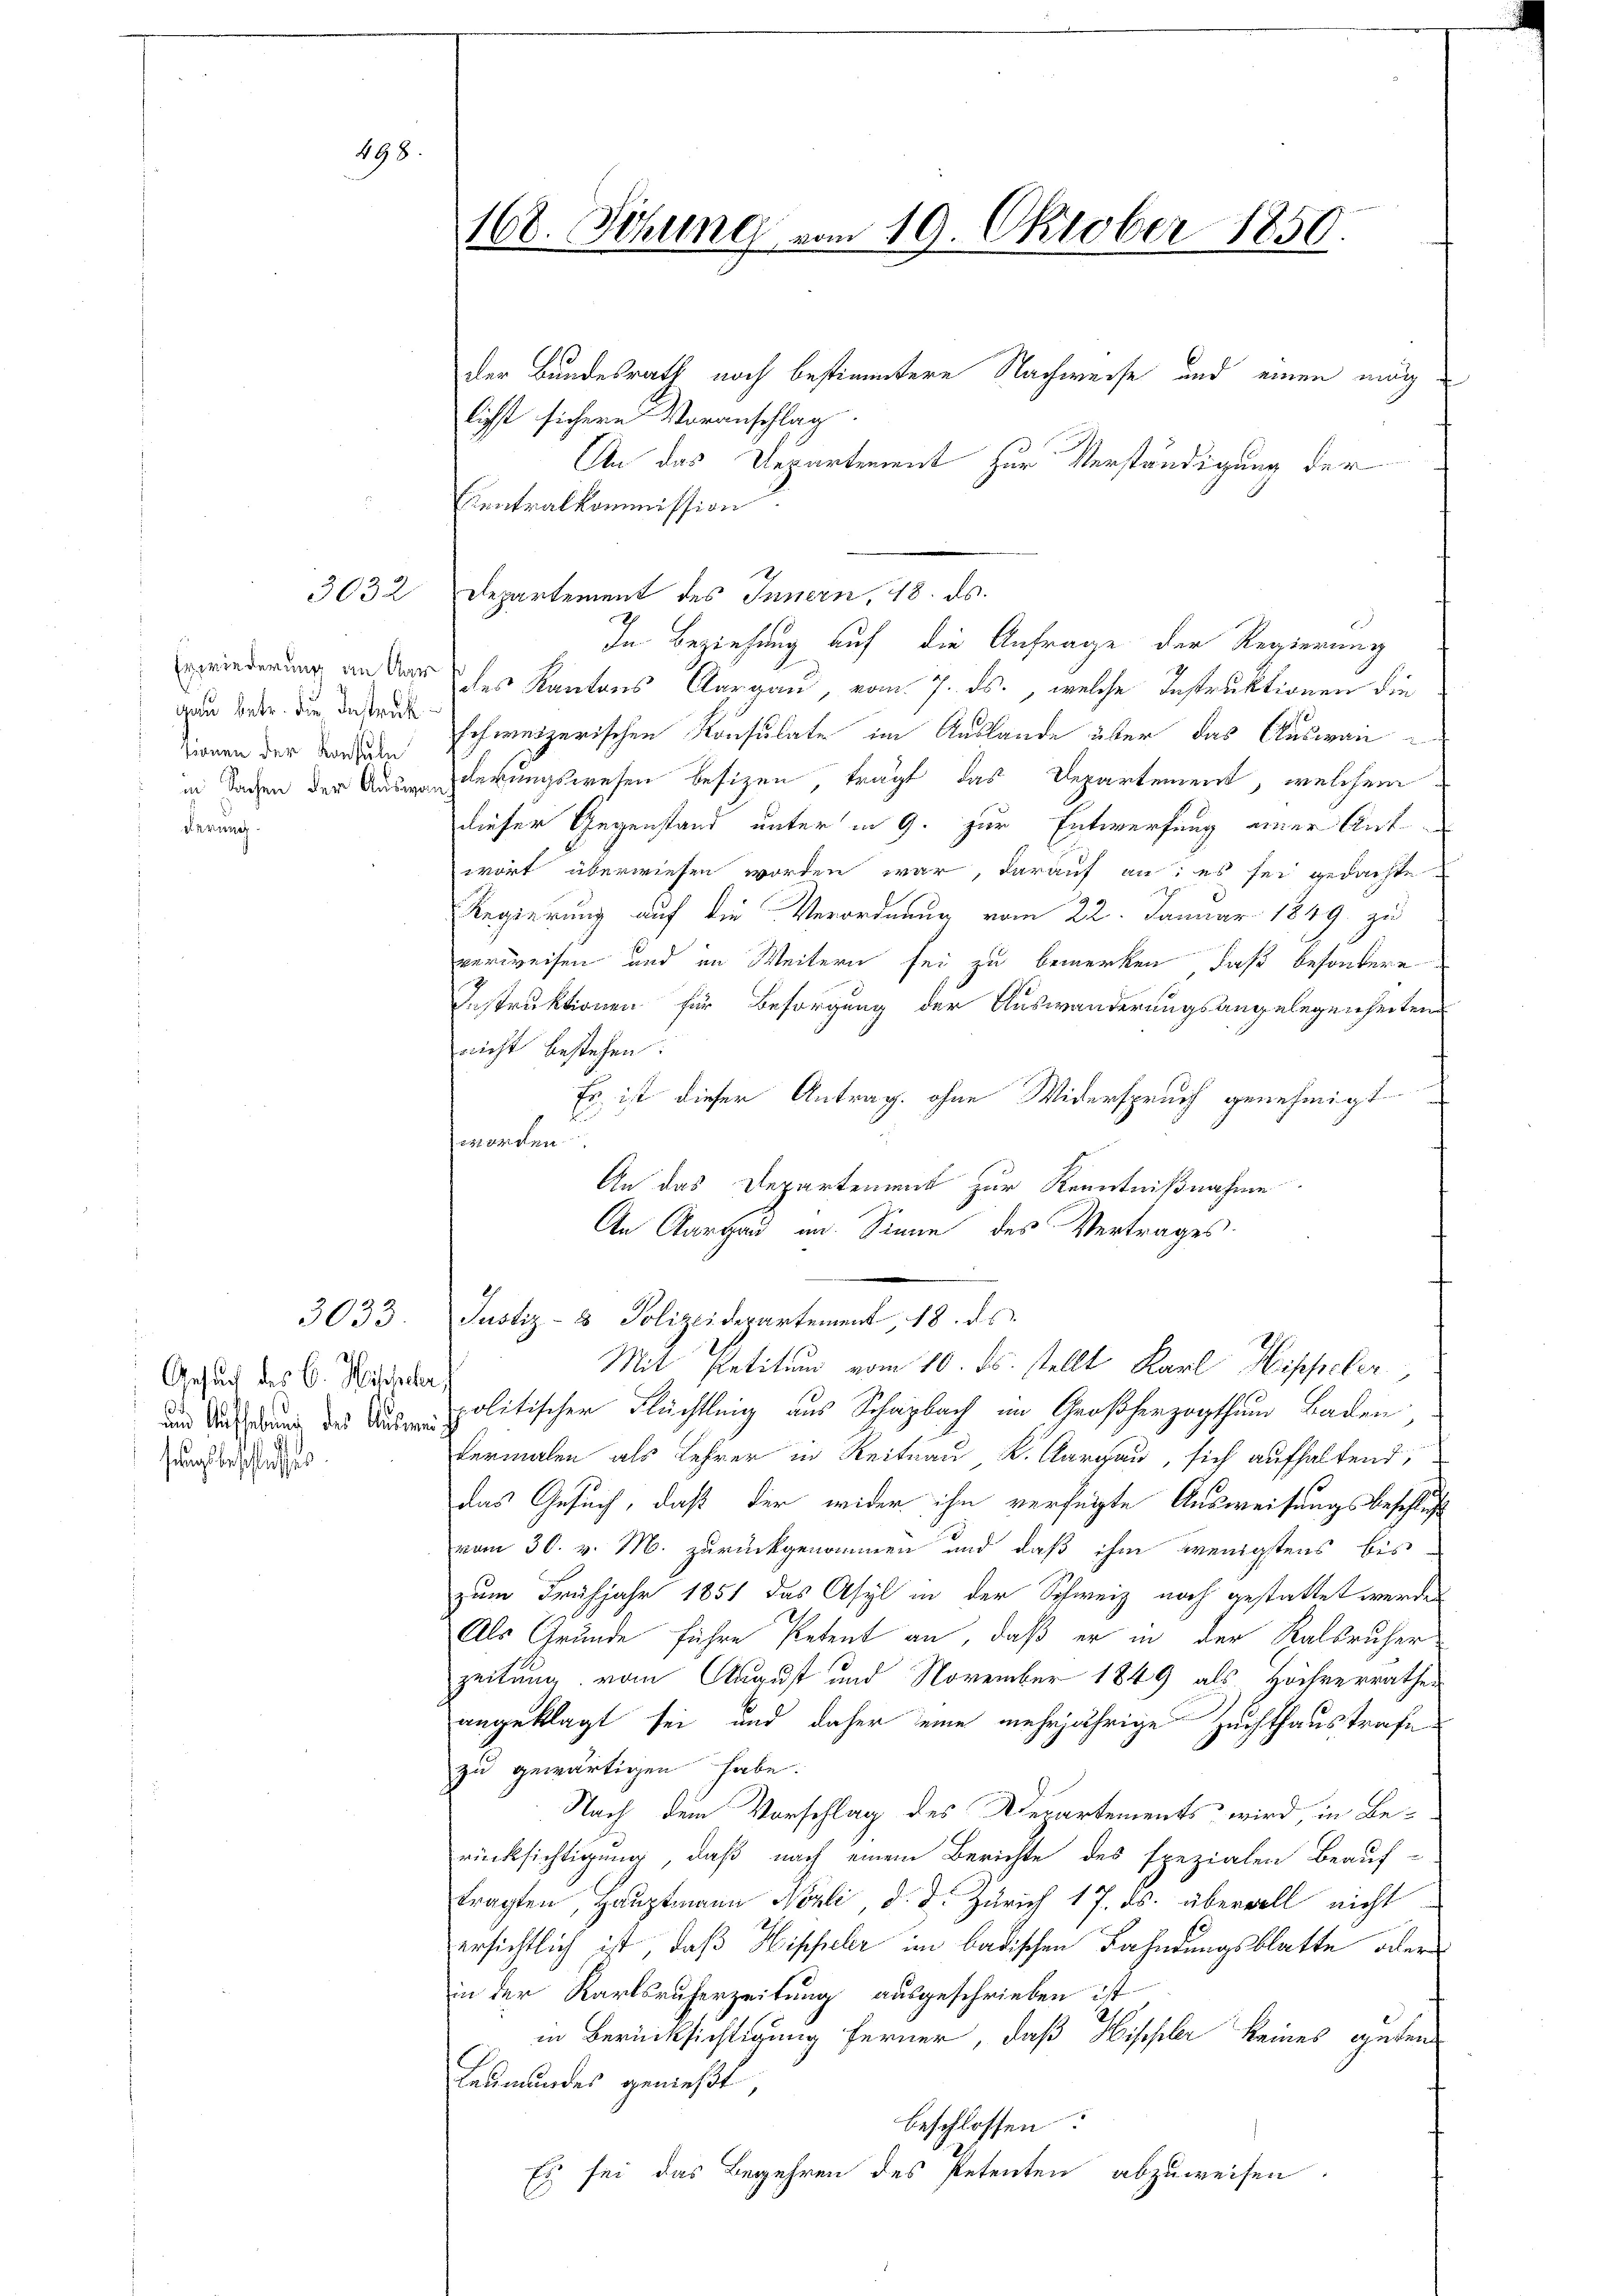
498.

gau betr. die Instruk
tionen der Konsuln
Errung

3032

Gesuch des C. Mischeher,
sungsbeschlies

168. Sitzung vom 19. Oktober 1850.

der Bundesrath noch bestimmtere Nachweise und einen mug
lichst sichere Voranschlag.
An das Departement zur Verständigung der
Centralkommission
In Beziehung auf die Anfrage der Regierung
wiederung an der des Kantons Aargau, vom 7. ds., welche Instruktionen die
schweizerischen Konsulate im Auslande über das Auswanin Tagen der Auslegungswesen besizen trägt das Departement, welchem
dieser Gegenstand unter in 9. zur Entwerfung einer Antwort überwiesen worden war, darauf an: es sei gedachte
Regierung auf die Verordnung vom 22. Januar 1849 zu
verweisen und im Weitern sei, zu bemerken, daß besondere
Instruktionen für Besorgung der Auswanderungsangelegenheitens
nicht bestehen.
Es ist dieser Antrag ohne Widerspruch genehmigt
worden.
An das Departement zur Kenntnißnahme
An Aargau im Sinne des Vertrages.

Departement des Innern, 18. ds.

3033. Justiz- & Polizeidepartement, 18. ds.
Mit Petitum vom 10. ds. stellt Karl Hippeler,

und nun der politischer Flüchtlung aus Schazbach im Großherzogthum Baden,
dermalen als Lehrer in Reitrau K. Aargau, sich aufhaltend,
das Gesuch, daß der wider ihn verfügte Ausweisungsbeschluß
vom 30. v. M. zurückgenommen und daß ihm wenigstens bis
zum Frühjahr 1851 das Asyl in der Schweiz noch gestattet werden
Als Grunde führe Petent an, daß er in der Ralsruher
zeitung vom August und November 1849 als Höchverrathes
angeklagt sei und daher eine mehrjährige Zuchthaustrafe
zu gewärtigen habe.
Nach dem Vorschlag des Departements wird, in Be-
rücksichtigung, daß nach einem Berichte des spezialen Beauf-
tragten, Hauptmann Nizli, d. d. Zürich 17. ds. überwill nicht
versichtlich ist, daß Hischeler im badischen Fahndungsblatte oder
in der Karlsruherzeitung ausgeschrieben ist
8
in Berücksichtigung ferner, daß Hischler keines guten
Leumundes genießt,
beschlossen:
Es sei das Begehren des Petenten abzuweisen.